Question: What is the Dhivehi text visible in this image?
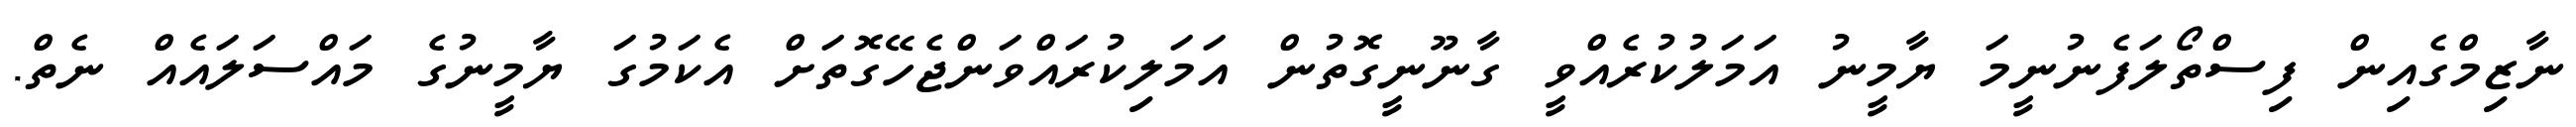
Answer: ނާޒިމްގެއިން ފިސްތޯލަފެނުނީމަ ޔާމީނު އަމަލުކުރެއްވީ ގާނޫނީގޮތުން އަމަލިކުރައްވަންޖެހޭގޮތަށް އެކަމުގަ ޔާމީނުގެ މައްސަލައެއް ނެތް.